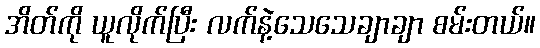
အိတ်ကို ယူလိုက်ပြီး လက်နဲ့သေသေချာချာ စမ်းတယ်။